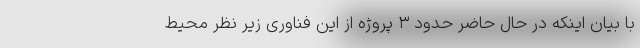
با بیان اینکه در حال حاضر حدود ۳ پروژه از این فناوری زیر نظر محیط